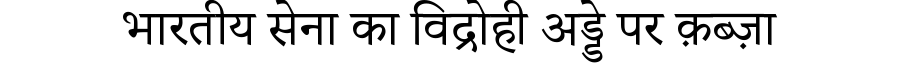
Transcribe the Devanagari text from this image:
भारतीय सेना का विद्रोही अड्डे पर क़ब्ज़ा